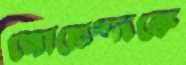
গোয়েন্দাকে